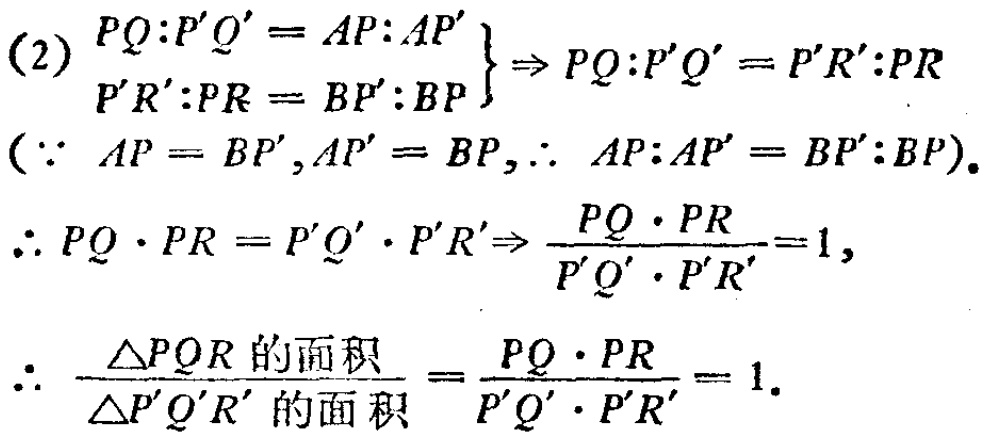
(2) \(\left.\begin{array}{l}
PQ:P'Q' = AP:AP'\\
P'R':PR = BP':BP
\end{array}\right\} \Rightarrow PQ:P'Q' = P'R':PR\)
\((\because AP = BP',AP' = BP,\therefore AP:AP' = BP':BP)\).
\(\therefore PQ\cdot PR = P'Q'\cdot P'R'\Rightarrow \frac{PQ\cdot PR}{P'Q'\cdot P'R'}=1\),
\(\therefore \frac{\triangle PQR \text{ 的面积}}{\triangle P'Q'R' \text{ 的面积}} = \frac{PQ\cdot PR}{P'Q'\cdot P'R'}= 1\).